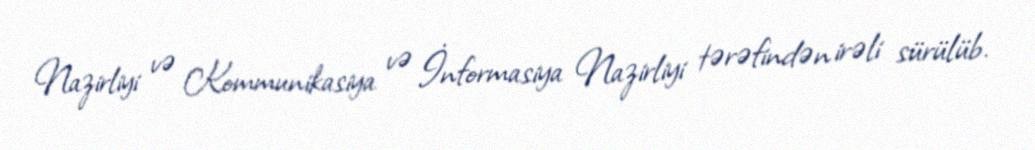
Nazirliyi və Kommunikasiya və İnformasiya Nazirliyi tərəfindən irəli sürülüb.